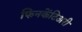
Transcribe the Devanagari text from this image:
फिनकेंटिअरी